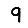
Digit: 9